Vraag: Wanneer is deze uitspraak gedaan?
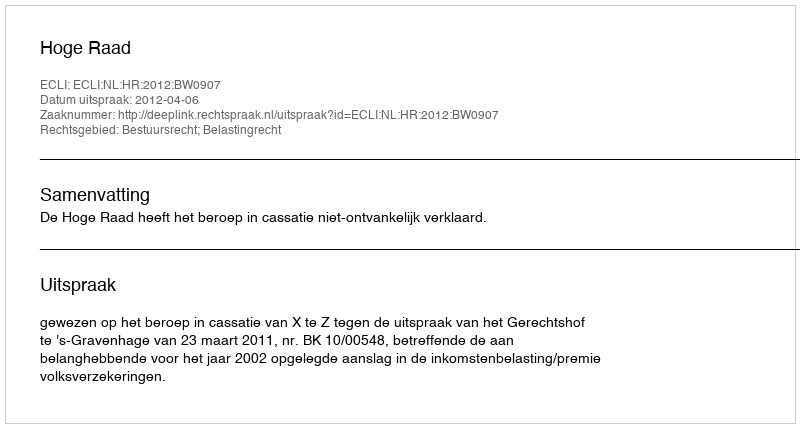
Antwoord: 2012-04-06